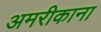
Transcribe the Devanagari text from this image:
अमरीकाना